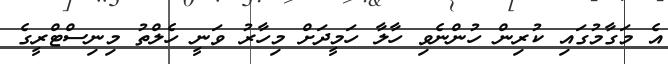
އެ މަގާމުގައި ކުރިން ހުންނެވި ހާލާ ހަމީދަށް މިހާރު ވަނީ ހެލްތު މިނިސްޓްރީގެ